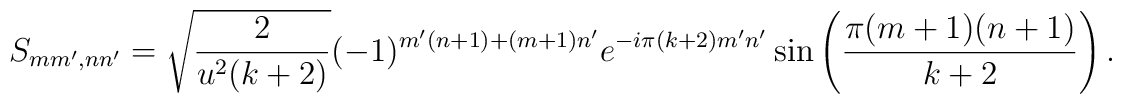
S_{mm',nn'}=\sqrt{\frac{2}{u^2(k+2)}}(-1)^{m'(n +1)+(m+1)n'} e^{-i\pi (k+2)m'n'} \sin \left(\frac{\pi (m+1)(n +1)}{k+2}\right).